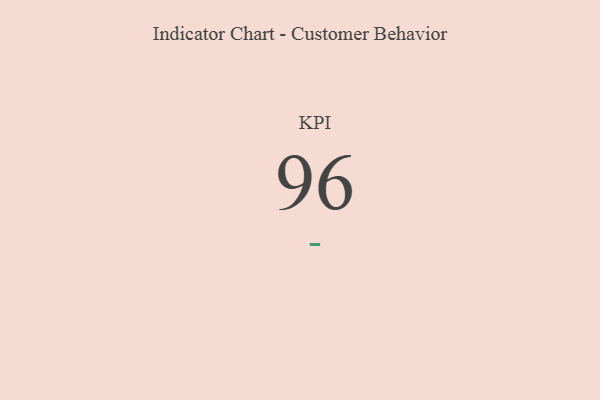
{"axis": {"x": "KPI", "y": "Value"}, "legend": [""], "data": [{"x": "KPI", "y": 96, "type": ""}]}